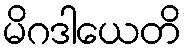
မိဂဒါယေတိ